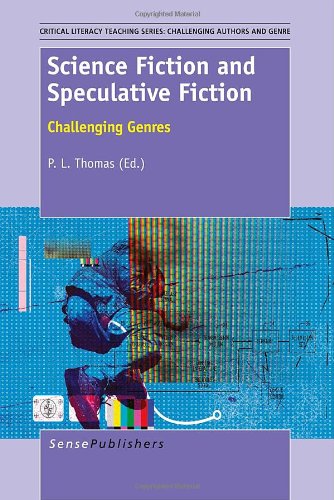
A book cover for Science Fiction and Speculative Fiction: Challenging Genres; Science Fiction & Fantasy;